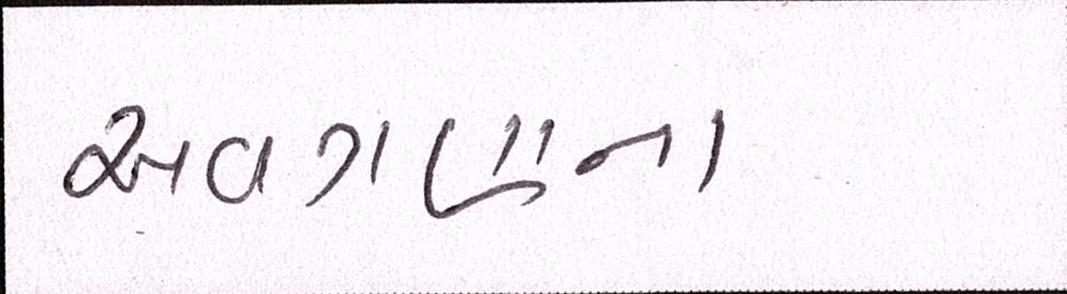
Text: અવગણવા